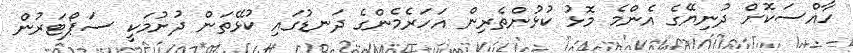
ހާއްސަކޮށް ދުނިޔޭގެ އެންމެ މޮޅު ކުޅުންތެރިން އަހަރެމެންގެ ދަނޑުގައި ކުޅޭތަން ދުށުމަކީ ސަޕޯޓަރުން